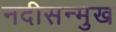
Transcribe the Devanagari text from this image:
नदीसन्मुख